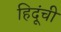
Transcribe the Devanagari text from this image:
हिदूंची